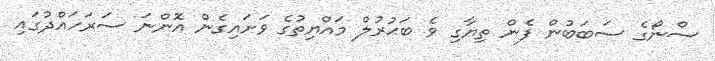
ސްނޯގެ ސަބަބުން ފެން ތިޔާގި ވެ ބަޙުރުލް މައްޔިތުގެ ވަށައިގެން އޮންނަ ސަރަހައްދުގައި